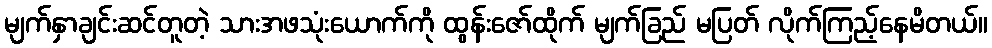
မျက်နှာချင်းဆင်တူတဲ့ သားအဖသုံးယောက်ကို ထွန်းဇော်ထိုက် မျက်ခြည် မပြတ် လိုက်ကြည့်နေမိတယ်။